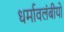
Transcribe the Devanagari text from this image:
धर्मावलंबीयों